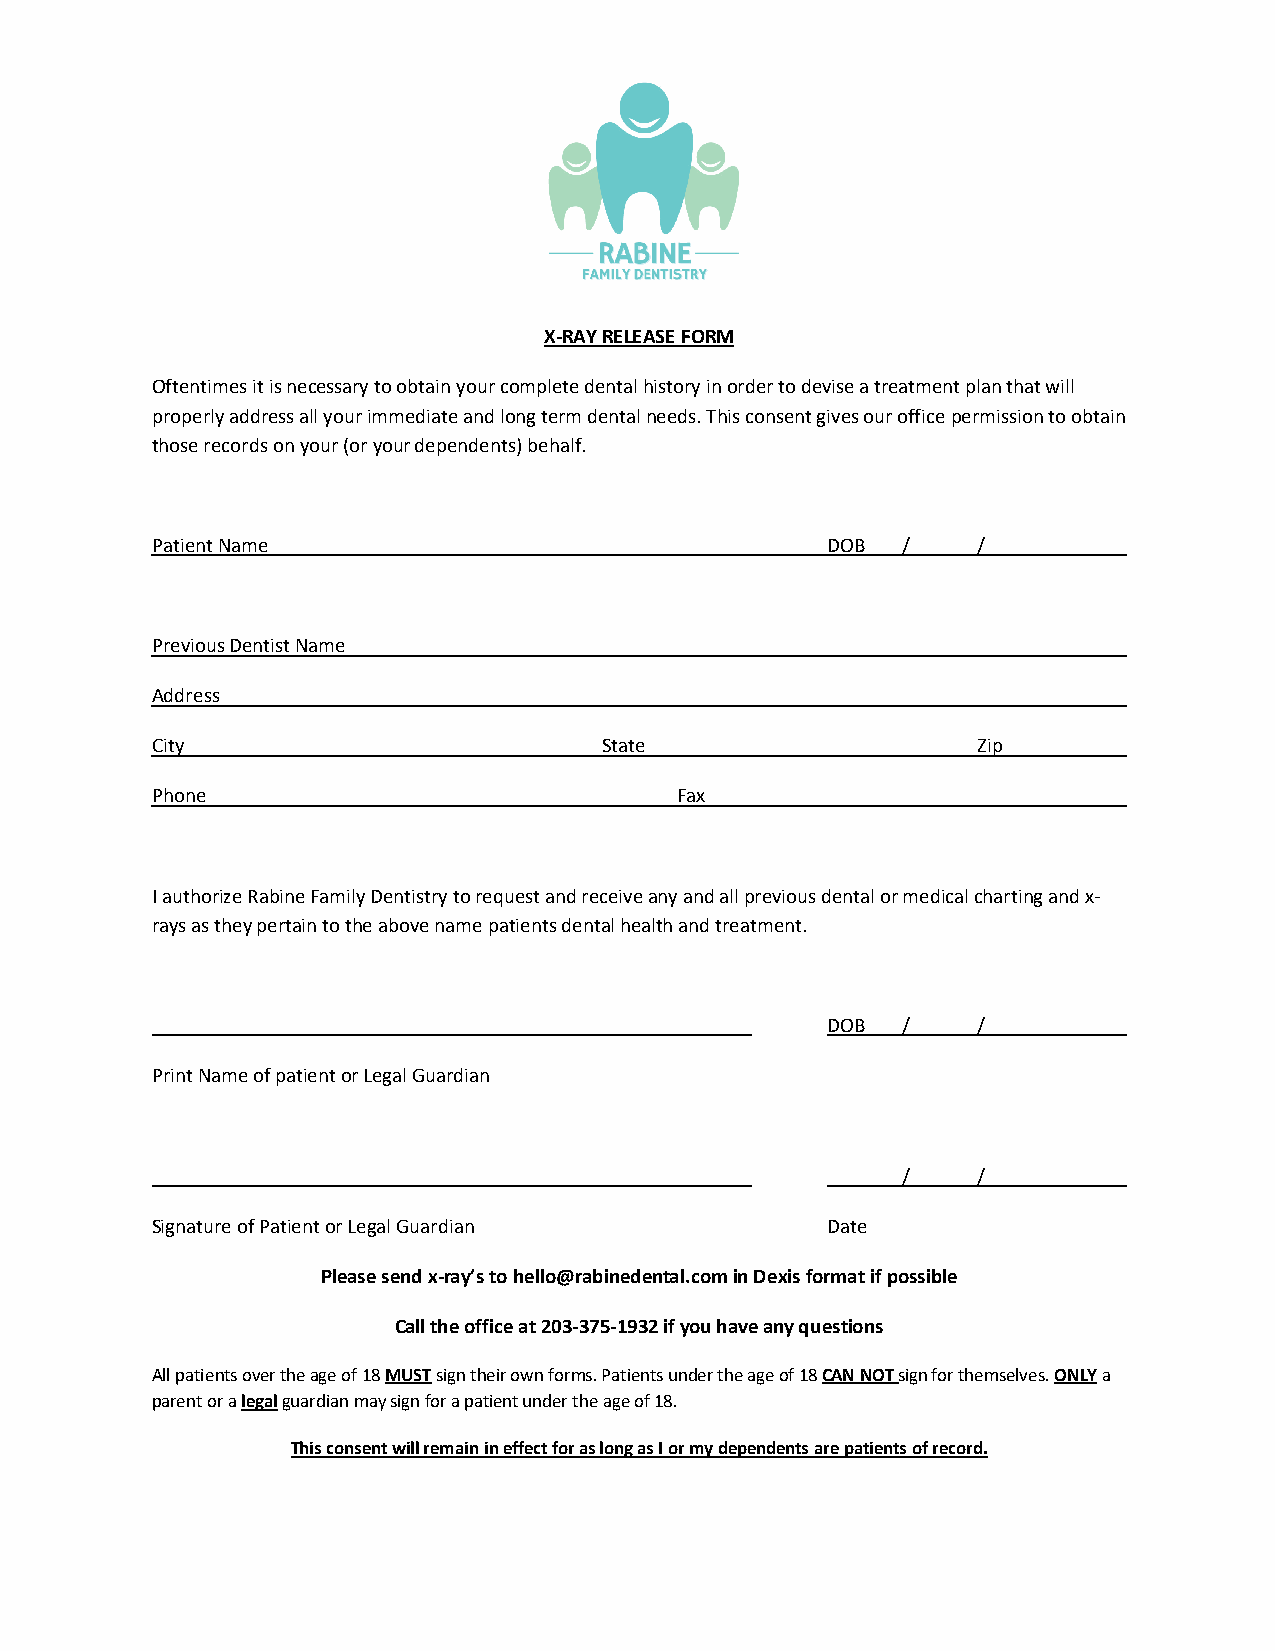
X-RAY RELEASE FORM
 Oftentimes it is necessary to obtain your complete dental history in order to devise a treatment plan that will
 properly address all your immediate and long term dental needs. This consent gives our office permission to obtain
 those records on your (or your dependents) behalf.
 Patient Name                                 DOB  /    /
 Previous Dentist Name
 Address
 City                          State                    Zip
 Phone                              Fax
 I authorize Rabine Family Dentistry to request and receive any and all previous dental or medical charting and x-
 rays as they pertain to the above name patients dental health and treatment.
 DOB  /    /
 Print Name of patient or Legal Guardian
 /    /
 Signature of Patient or Legal Guardian       Date
 Please send x-ray’s to hello@rabinedental.com in Dexis format if possible
 Call the office at 203-375-1932 if you have any questions
 All patients over the age of 18 MUST sign their own forms. Patients under the age of 18 CAN NOT sign for themselves. ONLY a
 parent or a legal guardian may sign for a patient under the age of 18.
 This consent will remain in effect for as long as I or my dependents are patients of record.